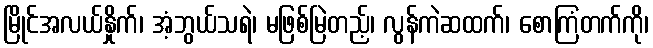
မြိုင်အလယ်နှိုက်၊ အံ့ဘွယ်သရဲ၊ မဖြစ်မြဲတည့်၊ လွန်ကဲဆထက်၊ စောကြံတက်ကို၊